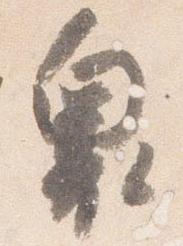
奥